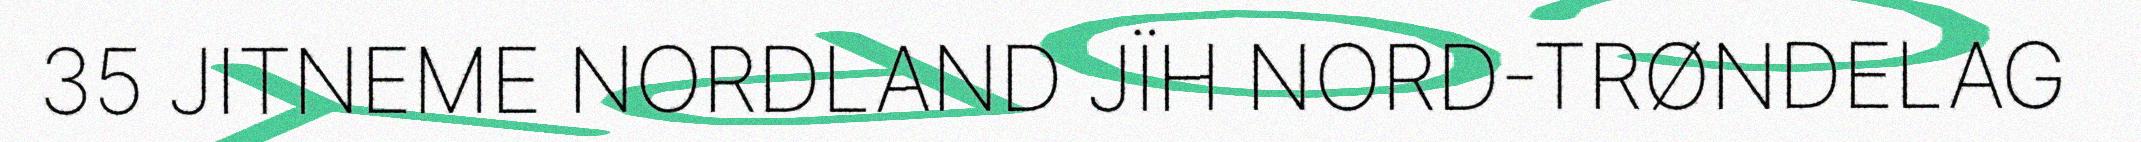
35 JITNEME NORDLAND JÏH NORD-TRØNDELAG